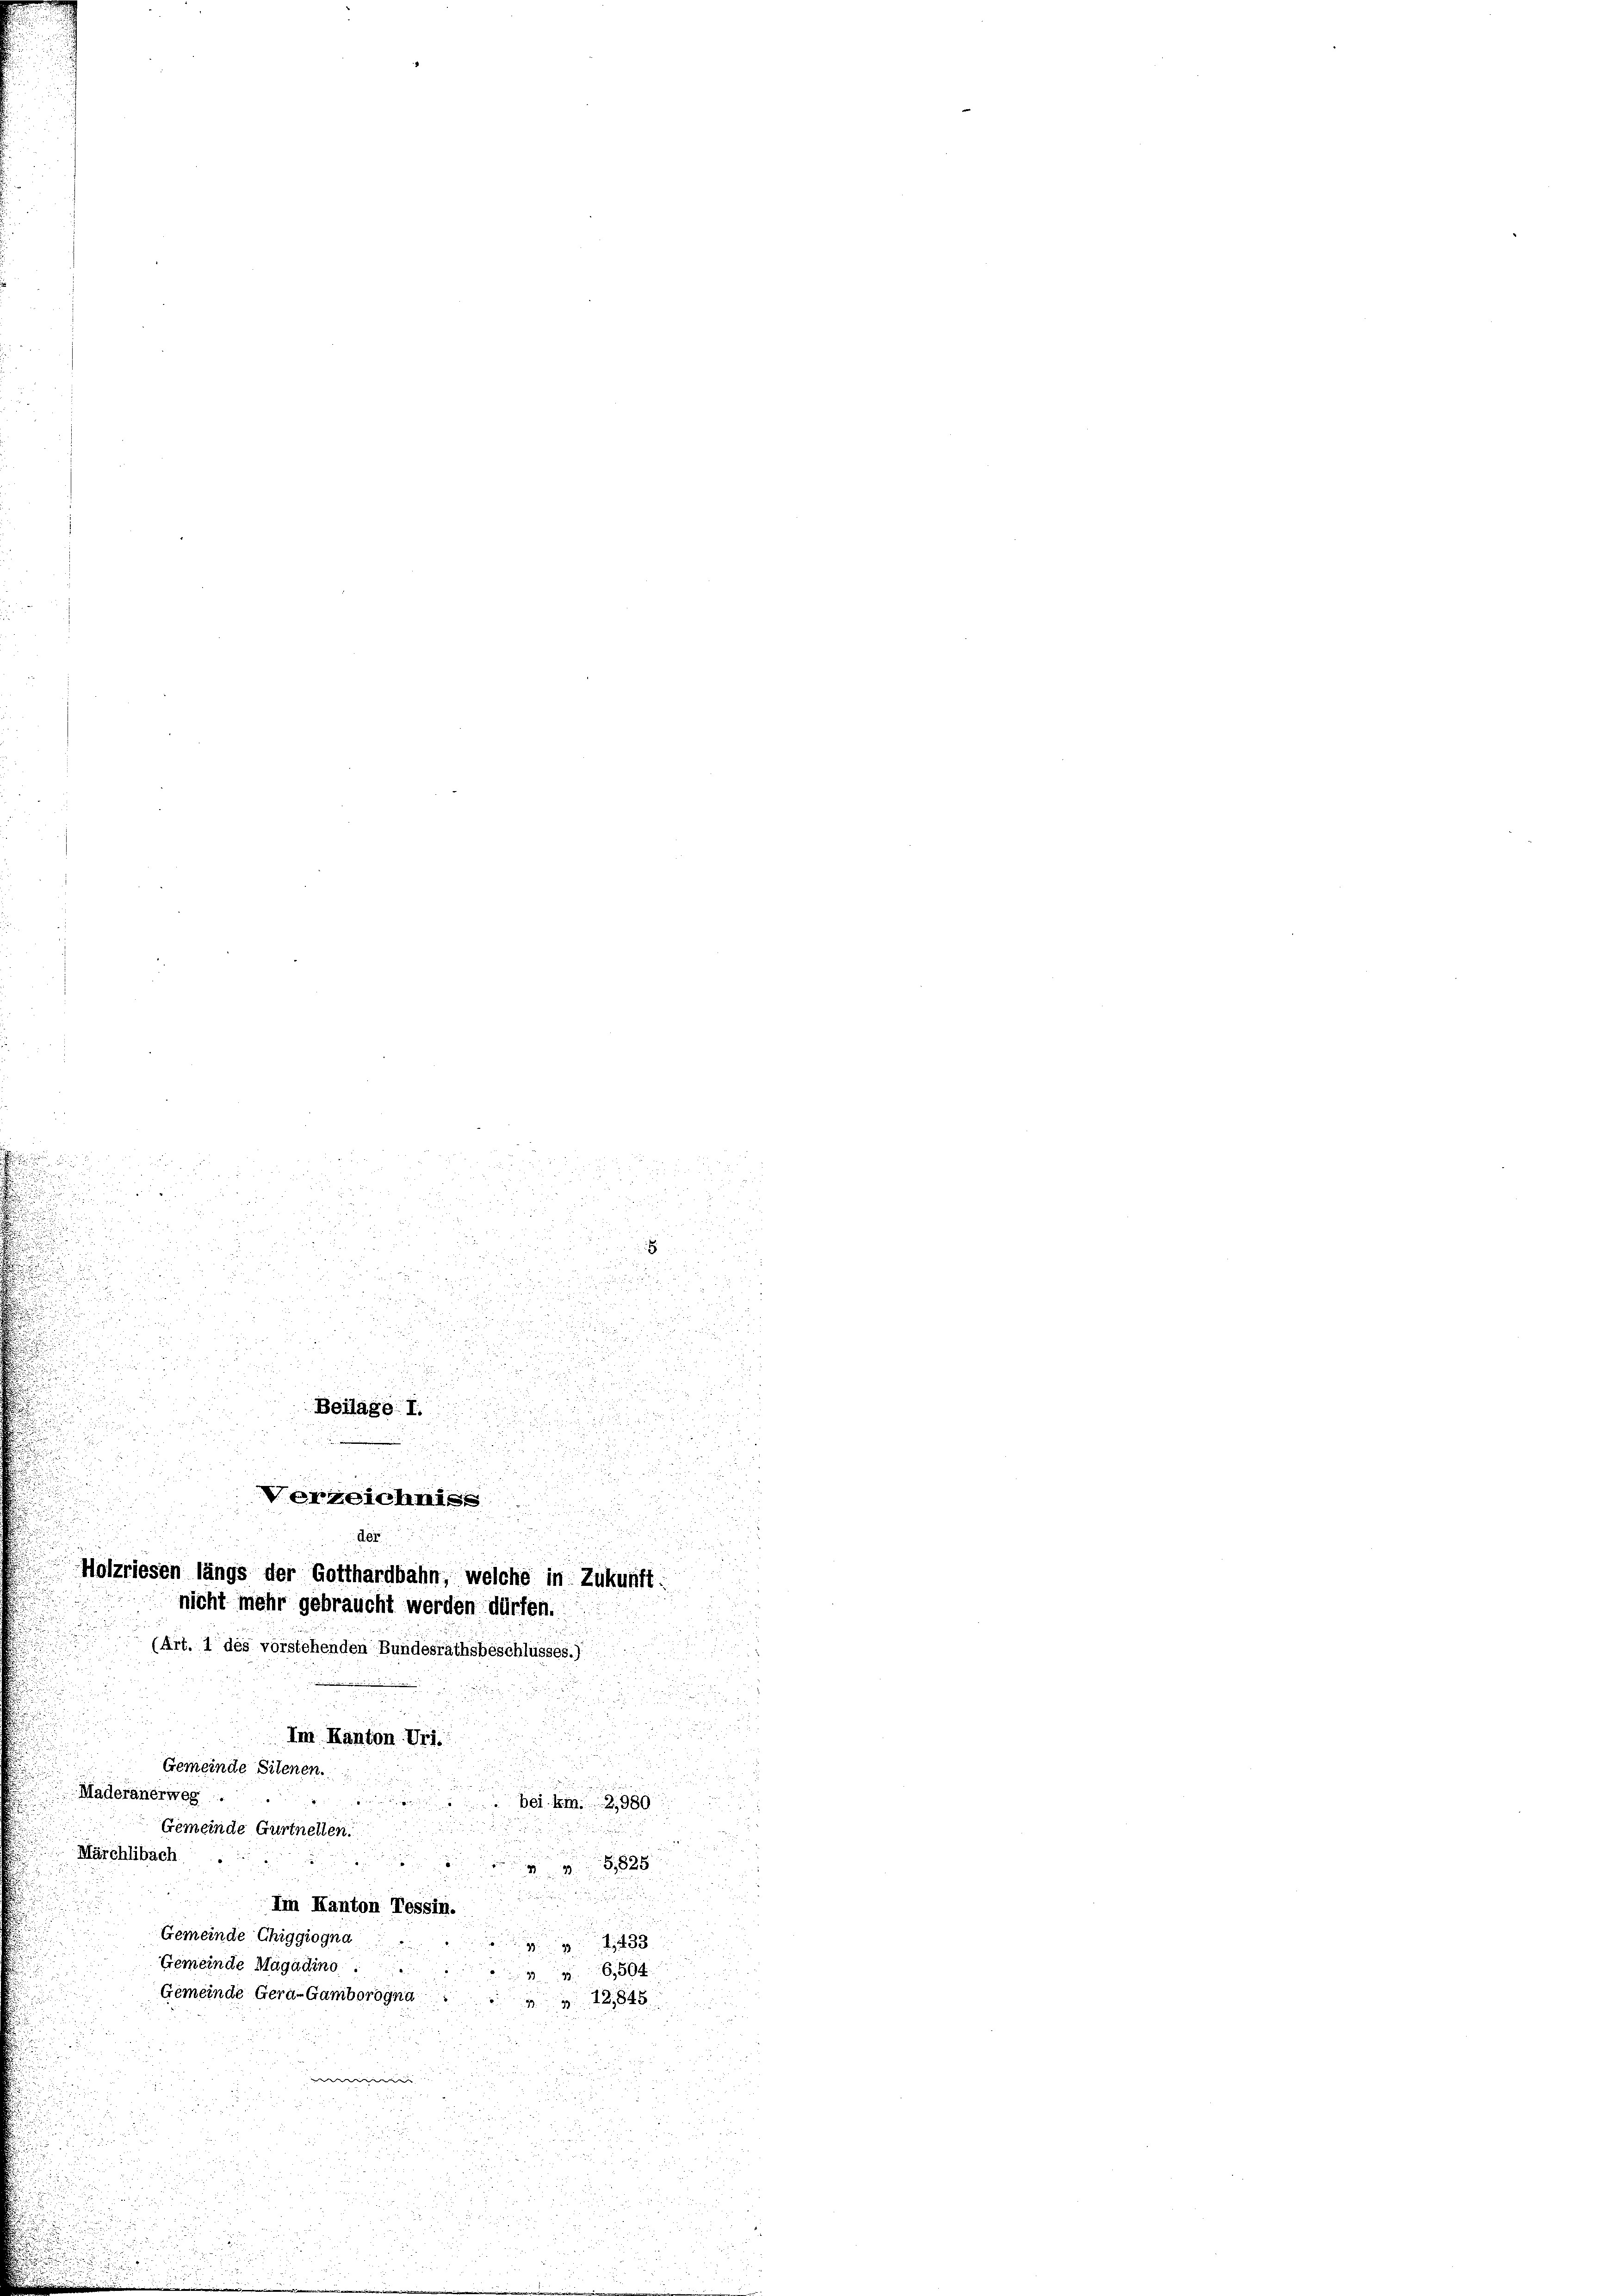
d

u
u

 xx
 x
n
d
d

.

.

a
Verzeichni
Als
Holzriesen längs der Gotthardbahn, welche in Zukunft:
nicht mehr gebraucht werden dürfen.
(Art. 1 des vorstehenden Bundesrathsbeschlusses.)
Im Kanton Uri.
Gemeinde Sitenen.
Maderanerweg.
. bei km. 21989
Gemeinde Gurtnellen.
Märchlibach
1828
Im Kanton Tessin.
Gemeinde Chiggiogna
433
Gemeinde Magadino.
36594
Gemeinde Gera-Gamborogna
12,845

Beilage I.

n
.

.